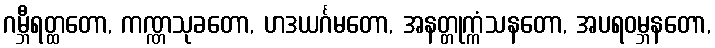
ဂမ္ဘီရတ္ထတော, ကဏ္ဏသုခတော, ဟဒယင်္ဂမတော, အနတ္တုက္ကံသနတော, အပရဝမ္ဘနတော,